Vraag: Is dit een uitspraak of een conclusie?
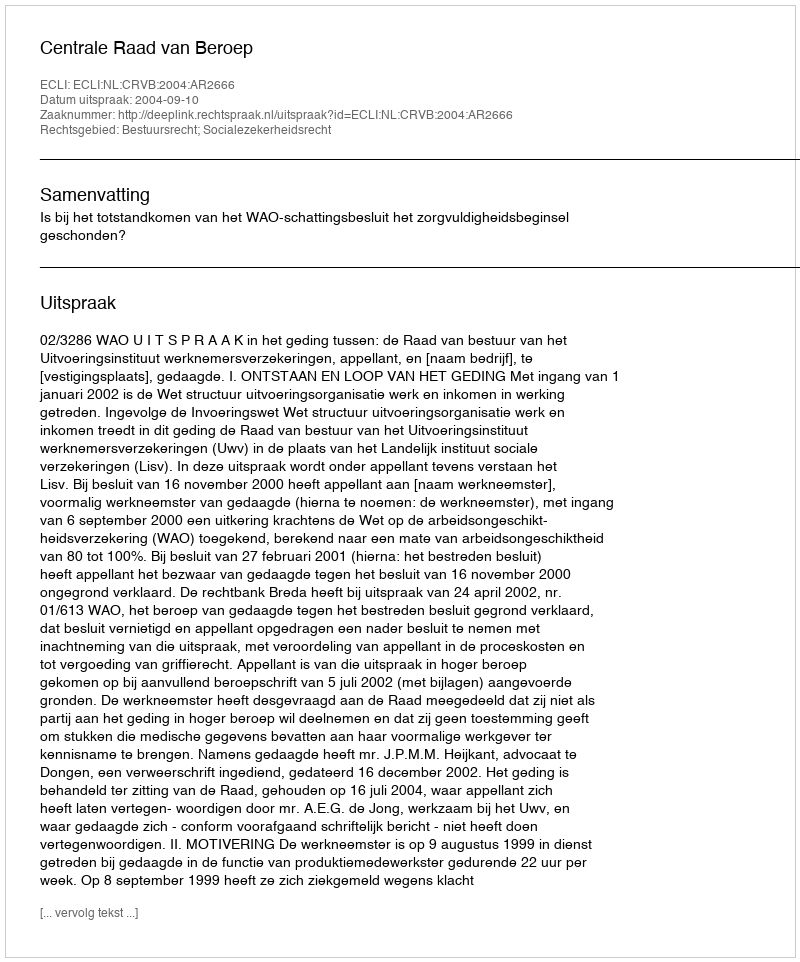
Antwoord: Uitspraak